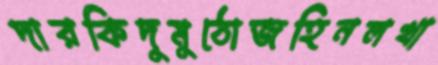
দারকিদুমুঠোজহিনলখা